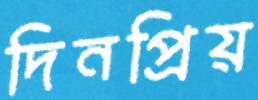
দিনপ্রিয়